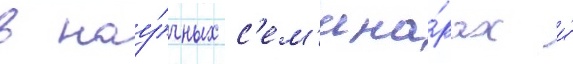
в нау́чных с'ем'ина́рах и́